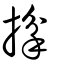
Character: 掰